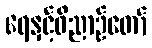
ရေနှင့်ဝိညာဉ်တော်